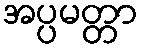
အပ္ပမတ္တာ